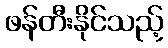
ဖန်တီးနိုင်သည့်